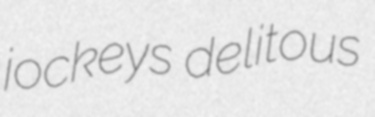
jockeys delitous